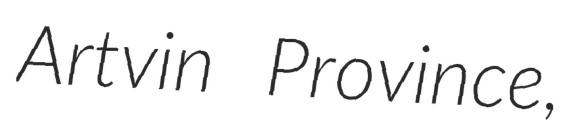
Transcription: Artvin Province,